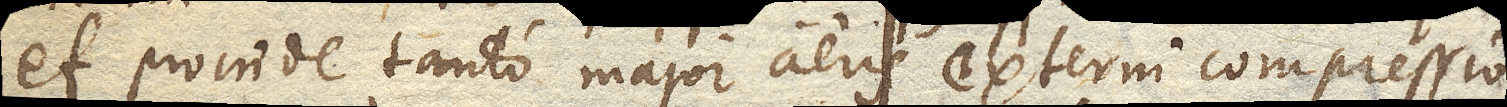
et proinde tanto major aeris externi compressio,